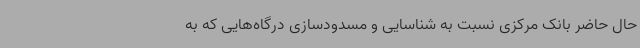
حال حاضر بانک مرکزی نسبت به شناسایی و مسدودسازی درگاه‌هایی که به